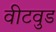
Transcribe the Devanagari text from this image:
वीटवुड